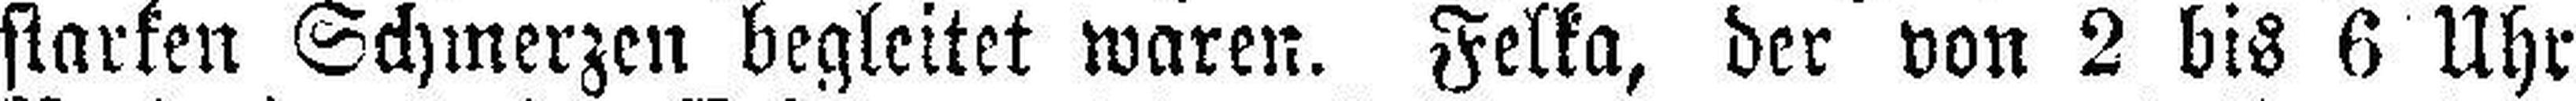
starken Schmerzen begleitet waren. Felka, der von 2 bis 6 Uhr